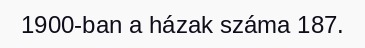
1900-ban a házak száma 187.